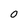
Character: 0